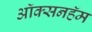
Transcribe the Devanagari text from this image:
ऑक्सनहॅम